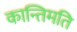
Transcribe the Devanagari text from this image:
कान्तिमति